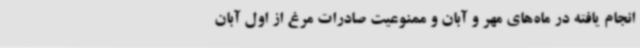
انجام یافته در ماه‌های مهر و آبان و ممنوعیت صادرات مرغ از اول آبان